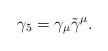
LaTeX: \begin{align*}\gamma_5 = \gamma_\mu \tilde \gamma^\mu.\end{align*}